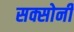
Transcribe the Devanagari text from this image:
सक्सोनी